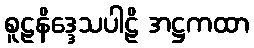
စူဠနိဒ္ဒေသပါဠိ အဋ္ဌကထာ